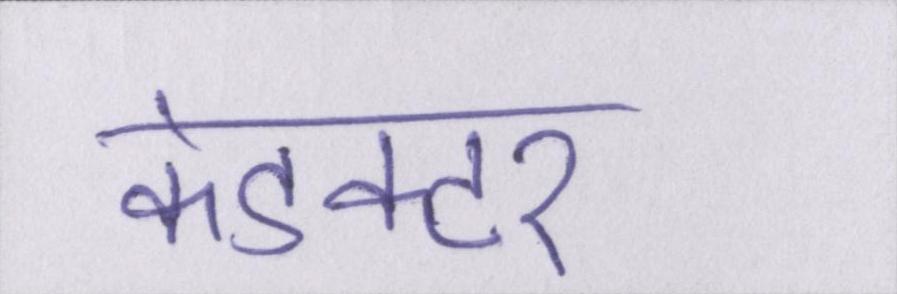
कंडक्टर